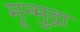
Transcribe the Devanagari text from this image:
मृन्मुद्रा